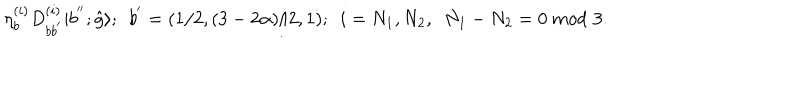
{ \eta } _ { b } ^ { ( i ) } D _ { b b ^ { ' } } ^ { ( i ) } | b ^ { ' ^ { \prime } } ; \hat { g } \rangle ; \ \ b ^ { ' } = ( 1 / 2 , ( 3 - 2 \alpha ) / 2 , 1 ) ; \ \ i = N _ { 1 } , N _ { 2 } , \ \ N _ { 1 } - N _ { 2 } = 0 ~ m o d \, \, 3 .